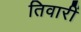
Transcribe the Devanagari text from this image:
तिवारीं